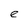
Character: e